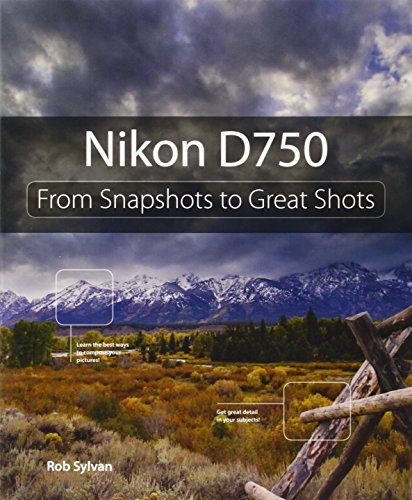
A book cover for Nikon D750: From Snapshots to Great Shots; Rob Sylvan; Arts & Photography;